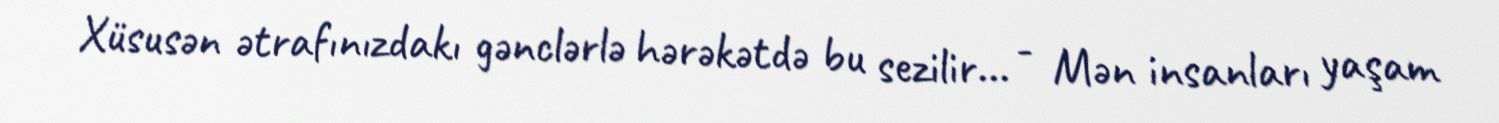
Xüsusən ətrafınızdakı gənclərlə hərəkətdə bu sezilir... - Mən insanları yaşam